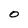
Character: O